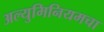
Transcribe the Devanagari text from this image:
अल्युमिनियमचा